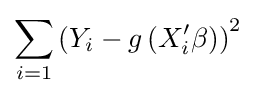
\sum _{i=1}\left(Y_{i}-g\left(X'_{i}\beta \right)\right)^{2}